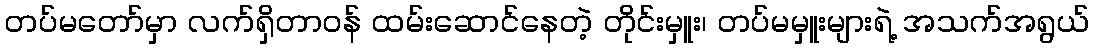
တပ်မတော်မှာ လက်ရှိတာဝန် ထမ်းဆောင်နေတဲ့ တိုင်းမှူး၊ တပ်မမှူးများရဲ့ အသက်အရွယ်